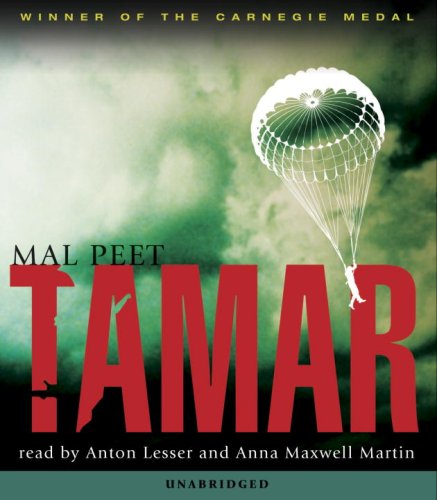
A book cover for Tamar Audio: A Novel of Espionage, Passion, and Betrayal (Candlewick Audio); Mal Peet; Teen & Young Adult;